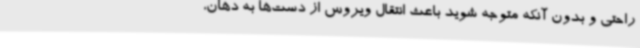
راحتی و بدون آنکه متوجه شوید باعث انتقال ویروس از دست‌ها به دهان،